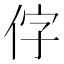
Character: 𪜸